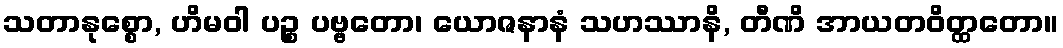
သတာနုစ္စော, ဟိမဝါ ပဉ္စ ပဗ္ဗတော၊ ယောဇနာနံ သဟဿာနိ, တီဏိ အာယတဝိတ္ထတော။